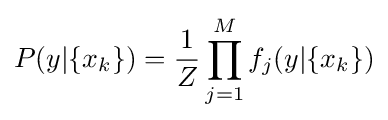
P(y|\{x_{k}\})={\frac {1}{Z}}\prod _{j=1}^{M}f_{j}(y|\{x_{k}\})